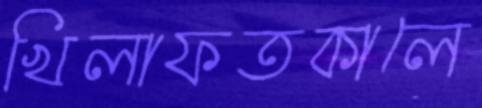
খিলাফতকালে